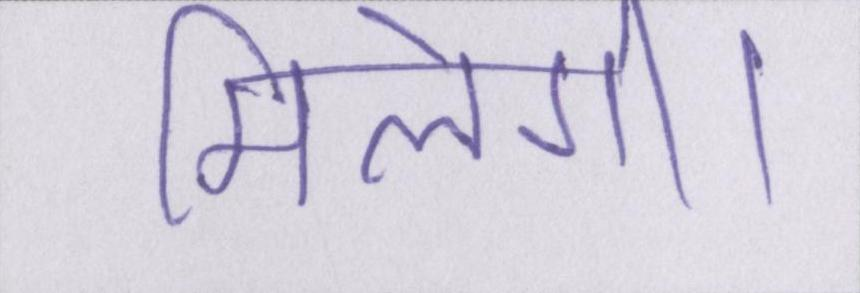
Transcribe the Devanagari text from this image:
मिलेगी।